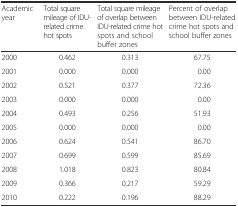
<table><thead><tr><td><b>Academic year</b></td><td><b>Total square mileage of IDU-related crime hot spots</b></td><td><b>Total square mileage of overlap between IDU-related crime hot spots and school buffer zones</b></td><td><b>Percent of overlap between IDU-related crime hot spots and school buffer zones</b></td></tr></thead><tbody><tr><td>2000</td><td>0.462</td><td>0.313</td><td>67.75</td></tr><tr><td>2001</td><td>0.000</td><td>0.000</td><td>0.00</td></tr><tr><td>2002</td><td>0.521</td><td>0.377</td><td>72.36</td></tr><tr><td>2003</td><td>0.000</td><td>0.000</td><td>0.00</td></tr><tr><td>2004</td><td>0.493</td><td>0.256</td><td>51.93</td></tr><tr><td>2005</td><td>0.000</td><td>0.000</td><td>0.00</td></tr><tr><td>2006</td><td>0.624</td><td>0.541</td><td>86.70</td></tr><tr><td>2007</td><td>0.699</td><td>0.599</td><td>85.69</td></tr><tr><td>2008</td><td>1.018</td><td>0.823</td><td>80.84</td></tr><tr><td>2009</td><td>0.366</td><td>0.217</td><td>59.29</td></tr><tr><td>2010</td><td>0.222</td><td>0.196</td><td>88.29</td></tr></tbody></table>